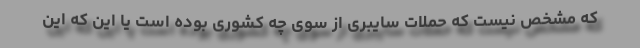
که مشخص نیست که حملات سایبری از سوی چه کشوری بوده است یا این که این